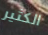
الكثير